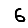
Digit: 6